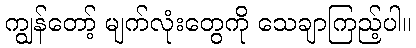
ကျွန်တော့် မျက်လုံးတွေကို သေချာကြည့်ပါ။